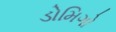
ડોમિગો